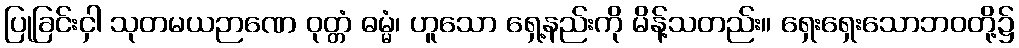
ပြုခြင်းငှါ သုတမယဉာဏေ ဝုတ္တံ ဓမ္မံ၊ ဟူသော ရှေ့နည်းကို မိန့်သတည်း။ ရှေးရှေးသောဘဝတို့၌